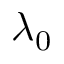
\lambda _ { 0 }